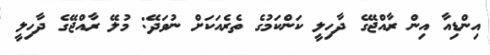
އިންޑިއާ އިން ރާއްޖޭގެ ދާހިލީ ކަންކަމުގެ ތެރެއަކަށް ނުވަދޭ: މުލޭ ރާއްޖޭގެ ދާހިލީ